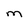
Character: M